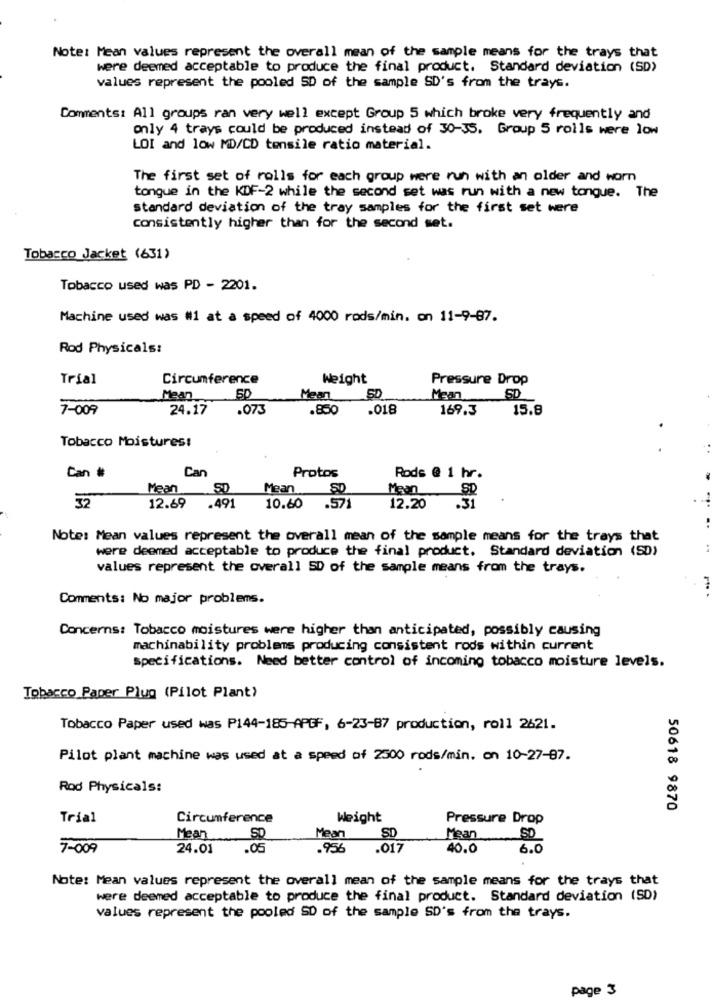
Note: Mean values represent the overall mean of the sample means for the trays that
were deemed acceptable to produce the final product. Standard deviation (SD)
values represent the pooled SD of the sample SD's from the trays.
Comments: All groups ran very well except Group 5 which broke very frequently and
only 4 trays could be produced instead of 30-35. Group 5 rolls were low
LOI and low MD/CD tensile ratio material.
The first set of rolls for each group were run with an older and worn
tongue in the KDF-2 while the second set was run with a new tongue. The
standard deviation of the tray samples for the first set were
consistently higher than for the second set.
Tobacco Jacket (631)
Tobacco used was PD - 2201.
Machine used was #1 at a speed of 4000 rods/min. on 11-9-87.
Rod Physicals:
Trial
Circumference
Weight
Pressure Drop
Mean
SD
Mean
Maan
SD
7-009
24.17
.073
.850
.018
169.3
15.8
Tobacco Moistures:
Can
Protos
Can #
Rods @ 1 hr.
Mean
Mean
SD
Mean
50
32
12.20
12.69
.491
10.60
.571
.31
Note: Mean values represent the overall mean of the sample means for the trays that
were deemed acceptable to produce the final product. Standard deviation (SD)
values represent the overall SD of the sample means from the trays.
Comments: No major problems.
Concerns: Tobacco moistures were higher than anticipated, possibly causing
machinability problems producing consistent rods within current
specifications. Need better control of incoming tobacco moisture levels.
Tobacco Paper Plug (Pilot Plant)
Tobacco Paper used was P144-185-APGF, 6-23-87 production, roll 2621.
Pilot plant machine was used at a speed of 2500 rods/min. on 10-27-87.
Rod Physicals:
50618 9870
Trial
Circumference
Weight
Pressure Drop
SD
Mean
Mean
Mean
7-009
24.01
.05
.956
.017
40.0
6.0
Note: Mean values represent the overall mean of the sample means for the trays that
were deemed acceptable to produce the final product. Standard deviation (SD)
values represent the pooled SD of the sample SD's from the trays.
page 3